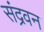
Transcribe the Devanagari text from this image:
संद्रवन